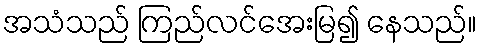
အသံသည် ကြည်လင်အေးမြ၍ နေသည်။